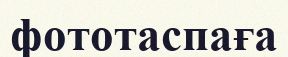
фототаспаға